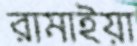
রামাইয়া